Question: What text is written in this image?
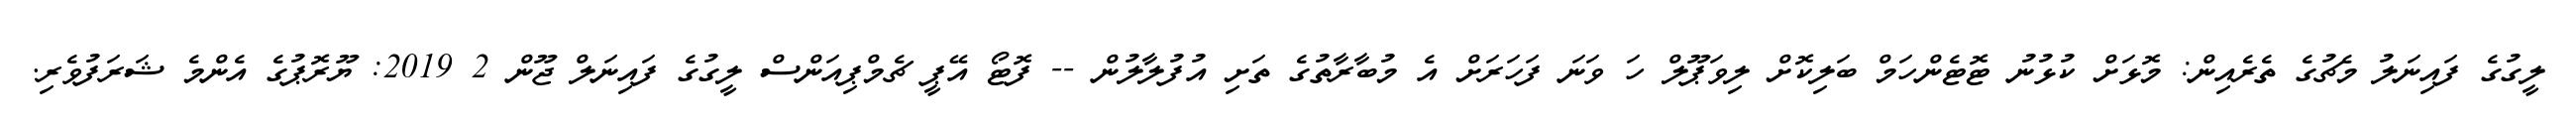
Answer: ލީގުގެ ފައިނަލު މެޗުގެ ތެރެއިން: މޮޅަށް ކުޅުނު ޓޮޓެންހަމް ބަލިކޮށް ލިވަޕޫލް ހަ ވަނަ ފަހަރަށް އެ މުބާރާތުގެ ތަށި އުފުލާލުން -- ފޮޓޯ އޭޕީ ޗެމްޕިއަންސް ލީގުގެ ފައިނަލް ޖޫން 2 2019: ޔޫރޮޕުގެ އެންމެ ޝަރަފުވެރި.